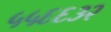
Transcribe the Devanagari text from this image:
५५६६३२